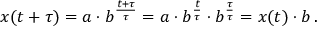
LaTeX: x ( t + \tau ) = a \cdot b ^ { \frac { t + \tau } { \tau } } = a \cdot b ^ { \frac { t } { \tau } } \cdot b ^ { \frac { \tau } { \tau } } = x ( t ) \cdot b \, .